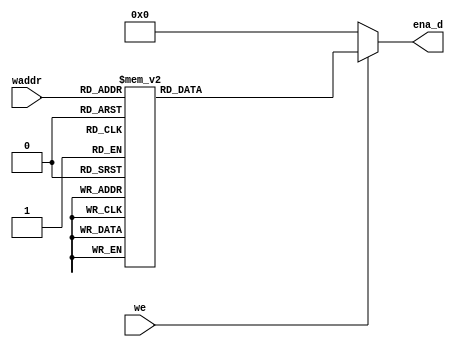
`timescale 1ns / 1ps
//////////////////////////////////////////////////////////////////////////////////
// Company: 
// Engineer: 
// 
// Design Name: 
// Module Name: DMUX_32
// Project Name: 
// Target Devices: 
// Tool Versions: 
// Description: 
// 
// Dependencies: 
// 
// Revision:
// Revision 0.01 - File Created
// Additional Comments:
// 
//////////////////////////////////////////////////////////////////////////////////


module decoder_32(
    input [4:0] waddr,
    input we,
    output reg [31:0] ena_d
    );
    always @(*)
           begin
              if(we == 0)
                ena_d=32'b0000_0000_0000_0000_0000_0000_0000_0000;
              else
              begin
               case(waddr)
                 5'd0: ena_d =  32'b0000_0000_0000_0000_0000_0000_0000_0001;
                 5'd1: ena_d =  32'b0000_0000_0000_0000_0000_0000_0000_0010;
                 5'd2: ena_d =  32'b0000_0000_0000_0000_0000_0000_0000_0100;
                 5'd3: ena_d =  32'b0000_0000_0000_0000_0000_0000_0000_1000;
                 5'd4: ena_d =  32'b0000_0000_0000_0000_0000_0000_0001_0000;
                 5'd5: ena_d =  32'b0000_0000_0000_0000_0000_0000_0010_0000;
                 5'd6: ena_d =  32'b0000_0000_0000_0000_0000_0000_0100_0000;
                 5'd7: ena_d =  32'b0000_0000_0000_0000_0000_0000_1000_0000;
                 5'd8: ena_d =  32'b0000_0000_0000_0000_0000_0001_0000_0000;
                 5'd9: ena_d =  32'b0000_0000_0000_0000_0000_0010_0000_0000;
                 5'd10: ena_d = 32'b0000_0000_0000_0000_0000_0100_0000_0000;
                 5'd11: ena_d = 32'b0000_0000_0000_0000_0000_1000_0000_0000;
                 5'd12: ena_d = 32'b0000_0000_0000_0000_0001_0000_0000_0000;
                 5'd13: ena_d = 32'b0000_0000_0000_0000_0010_0000_0000_0000;
                 5'd14: ena_d = 32'b0000_0000_0000_0000_0100_0000_0000_0000;
                 5'd15: ena_d = 32'b0000_0000_0000_0000_1000_0000_0000_0000;
                 5'd16: ena_d = 32'b0000_0000_0000_0001_0000_0000_0000_0000;
                 5'd17: ena_d = 32'b0000_0000_0000_0010_0000_0000_0000_0000;
                 5'd18: ena_d = 32'b0000_0000_0000_0100_0000_0000_0000_0000;
                 5'd19: ena_d = 32'b0000_0000_0000_1000_0000_0000_0000_0000;
                 5'd20: ena_d = 32'b0000_0000_0001_0000_0000_0000_0000_0000;
                 5'd21: ena_d = 32'b0000_0000_0010_0000_0000_0000_0000_0000;
                 5'd22: ena_d = 32'b0000_0000_0100_0000_0000_0000_0000_0000;
                 5'd23: ena_d = 32'b0000_0000_1000_0000_0000_0000_0000_0000;
                 5'd24: ena_d = 32'b0000_0001_0000_0000_0000_0000_0000_0000;
                 5'd25: ena_d = 32'b0000_0010_0000_0000_0000_0000_0000_0000;
                 5'd26: ena_d = 32'b0000_0100_0000_0000_0000_0000_0000_0000;
                 5'd27: ena_d = 32'b0000_1000_0000_0000_0000_0000_0000_0000;
                 5'd28: ena_d = 32'b0001_0000_0000_0000_0000_0000_0000_0000;
                 5'd29: ena_d = 32'b0010_0000_0000_0000_0000_0000_0000_0000;
                 5'd30: ena_d = 32'b0100_0000_0000_0000_0000_0000_0000_0000;
                 5'd31: ena_d = 32'b1000_0000_0000_0000_0000_0000_0000_0000;
                 
               endcase
               end
            end
endmodule